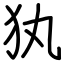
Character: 犱